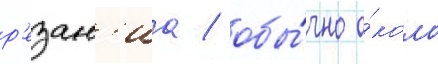
р'езан'иа / обы́чно о́коло